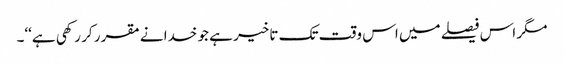
مگر اس فیصلے میں اس وقت تک تاخیر ہے جو خدا نے مقرر کر رکھی ہے‘‘۔